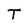
Character: T